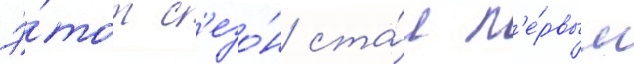
Э́тот с'езо́н ста́л п'е́рвым